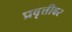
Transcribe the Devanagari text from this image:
प्रवृत्तीवर